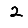
Digit: 2